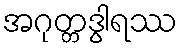
အဂုတ္တဒွါရဿ